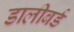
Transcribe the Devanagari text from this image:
डालीबर्ड